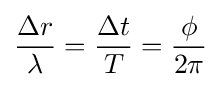
{\frac {\Delta r}{\lambda }}={\frac {\Delta t}{T}}={\frac {\phi }{2\pi }}\,\!